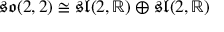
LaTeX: { \mathfrak { s o } } ( 2 , 2 ) \cong { \mathfrak { s l } } ( 2 , \mathbb { R } ) \oplus { \mathfrak { s l } } ( 2 , \mathbb { R } )